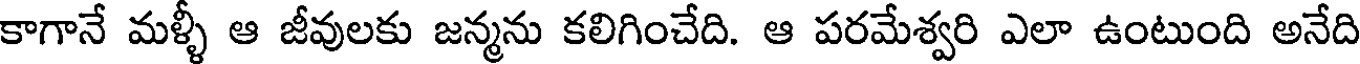
కాగానే మళ్ళీ ఆ జీవులకు జన్మను కలిగించేది. ఆ పరమేశ్వరి ఎలా ఉంటుంది అనేది